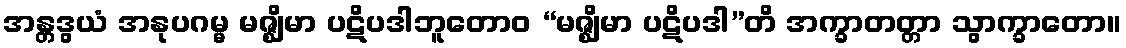
အန္တဒွယံ အနုပဂမ္မ မဇ္ဈိမာ ပဋိပဒါဘူတောဝ “မဇ္ဈိမာ ပဋိပဒါ”တိ အက္ခာတတ္တာ သွာက္ခာတော။